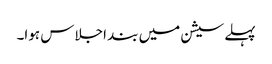
پہلے سیشن میں بند اجلاس ہوا۔